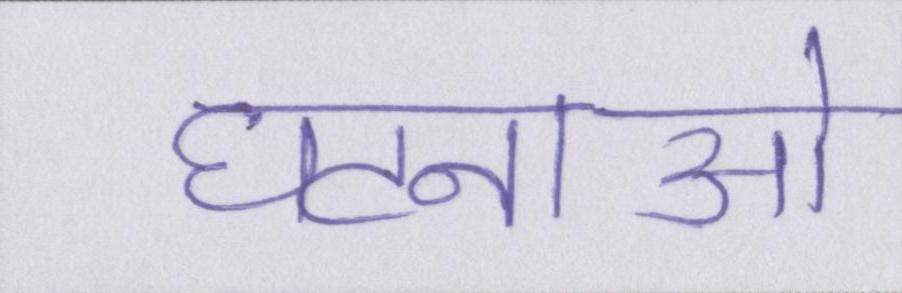
घटनाओ